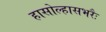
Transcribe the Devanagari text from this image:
हासोल्हासभरैः